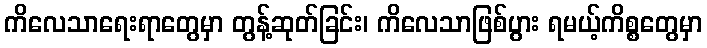
ကိလေသာရေးရာတွေမှာ တွန့်ဆုတ်ခြင်း၊ ကိလေသာဖြစ်ပွား ရမယ့်ကိစ္စတွေမှာ